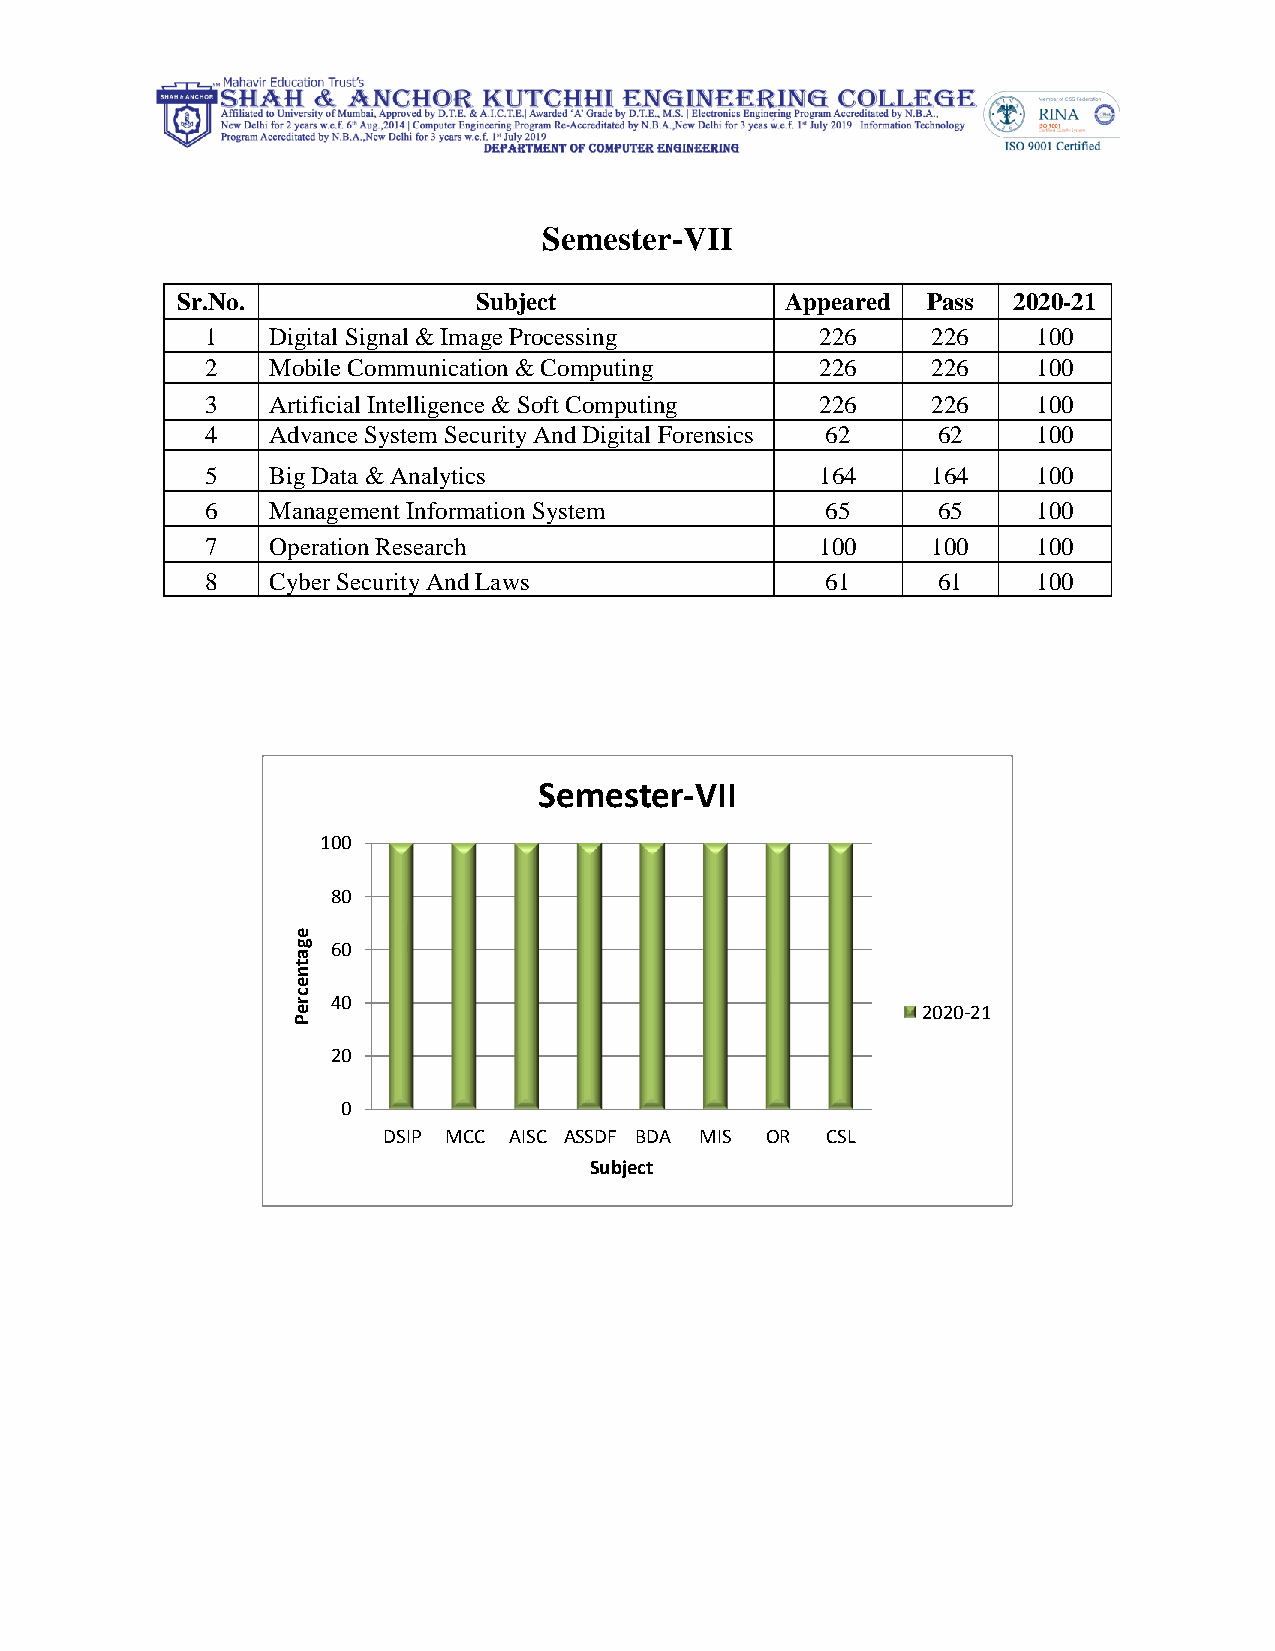
Semester-VII
 Sr.No.             Subject              Appeared Pass  2020-21
 1   Digital Signal & Image Processing   226     226    100
 2   Mobile Communication & Computing    226     226    100
 3   Artificial Intelligence & Soft Computing 226 226   100
 4   Advance System Security And Digital Forensics 62 62 100
 5   Big Data & Analytics                164     164    100
 6   Management Information System        65     65     100
 7   Operation Research                  100     100    100
 8   Cyber Security And Laws              61     61     100
 Semester-VII
 100
 80
 e
 g  60
 a
 t
 n
 e
 c r 40
 e                                         2020-21
 P
 20
 0
 DSIP MCC AISC ASSDF BDA MIS OR CSL
 Subject